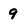
Character: 9